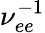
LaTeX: \nu_{ee}^{-1}